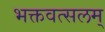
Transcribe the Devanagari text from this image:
भक्तवत्सलम्